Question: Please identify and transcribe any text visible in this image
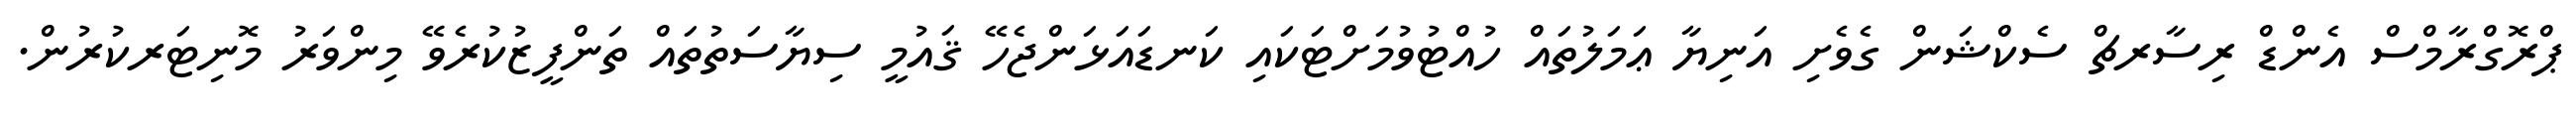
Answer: ޕްރޮގްރާމްސް އެންޑް ރިސާރޗް ސެކްޝަން ގެވެށި އަނިޔާ ޢަމަލުތައް ހުއްޓުވުމަށްޓަކައި ކަނޑައަޅަންޖެހޭ ޤައުމީ ސިޔާސަތުތައް ތަންފީޒުކުރެވޭ މިންވަރު މޮނިޓަރކުރުން.